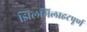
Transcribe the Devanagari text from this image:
झिलमिलाहटपूर्ण